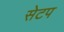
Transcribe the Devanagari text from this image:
सेटप